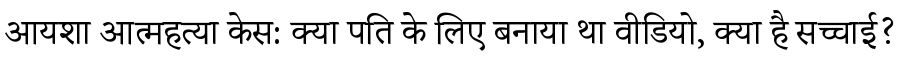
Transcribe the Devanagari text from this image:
आयशा आत्महत्या केस: क्या पति के लिए बनाया था वीडियो, क्या है सच्चाई?